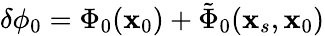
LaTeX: \delta\phi_{0}=\Phi_{0}(\mathbf{x}_{0})+\tilde{\Phi}_{0}(\mathbf{x}_{s},\mathbf{x}_{0})